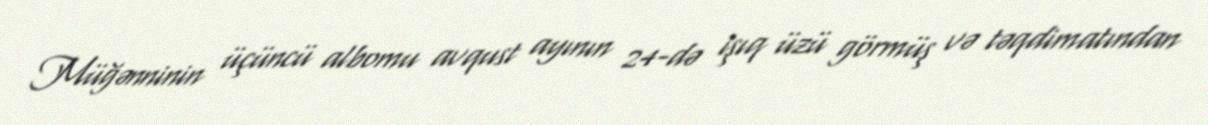
Müğənninin üçüncü albomu avqust ayının 24-də işıq üzü görmüş və təqdimatından